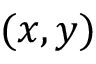
( x , y )